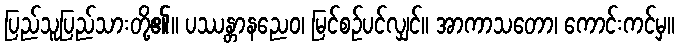
ပြည်သူပြည်သားတို့၏။ ပဿန္တာနညေဝ၊ မြင်စဉ်ပင်လျှင်။ အာကာသတော၊ ကောင်းကင်မှ။